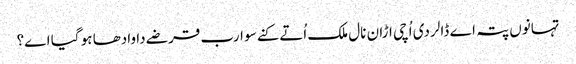
تہانوں پتہ اے ڈالر دی اُچی اڑان نال ملک اُتے کنے سو ارب قرضے دا وادھا ہو گیا اے؟